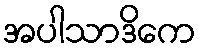
အပါသာဒိကေ